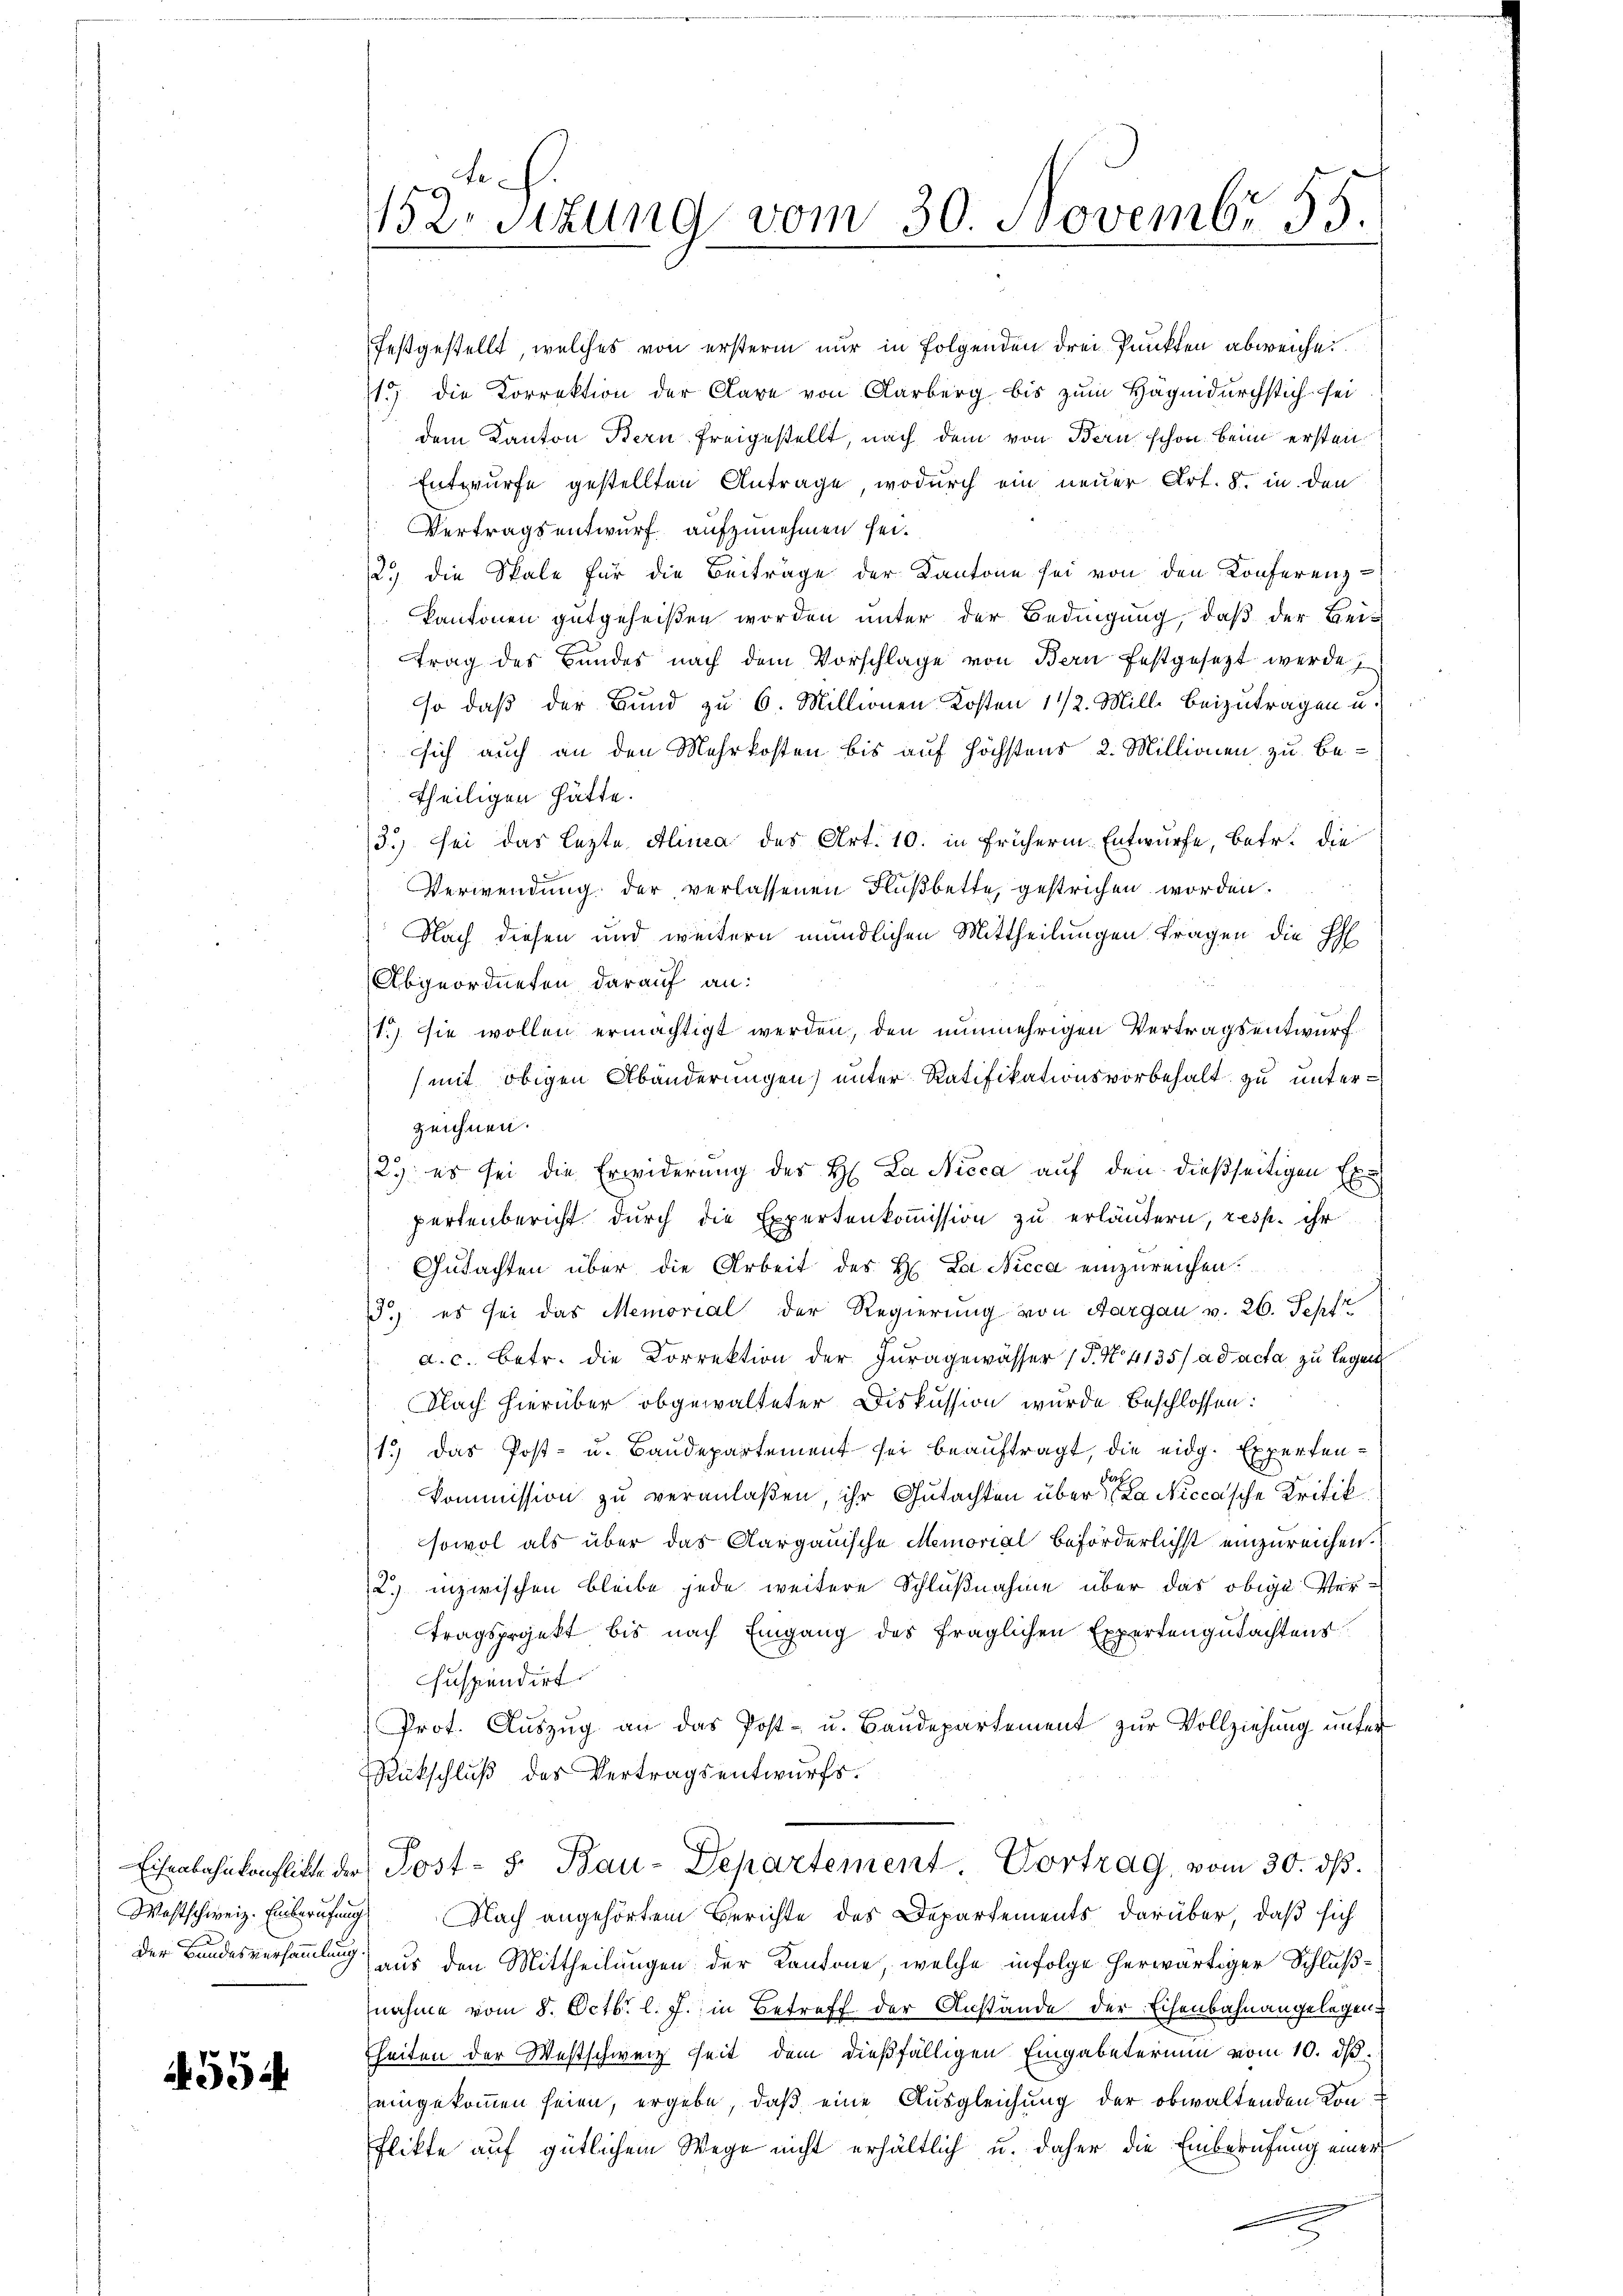
Westschweiz. Einberufung

4554

festgestellt, welches von erstern nur in Folgenden drei Punkten abweiche
11. die Korrektion der Aare von Farberg bis zum Häge durchstich sei
dem Kanton Bern freigestellt, nach dem von Bern schon beim ersten
Entwurfe gestellten Antrage, wodurch ein neuer Art. 8. in den
Vertragsentwurf aufzunehmen sei.
2.) die Spale für die Beiträge der Kantone sei von den Konferenz
kantonen gutgeheißen worden unter der Bedingung, daß der Beitrag des Bundes nach dem Vorschlage von Bern festgesetzt werde
so daß der Bund zu 6. Millionen Kosten 11/2. Mill. Beizutragen u.
sich auch an den Mehrkosten bis auf höchstens 2. Millionen zu be-
theiligen hätte.
3.) Sei das lezte Alinea des Art. 10. in frühern Entwurfe, betr. die
Verwendung der verlassenen Flußbette, gestrichen worden.
Nach diesen und weitern mündlichen Mittheilungen tragen die HH
Abgeordneten darauf an:
1.) Sie wollen ermächtigt werden, den nunmehrigen Vertragsentwurf
(mit obigen Abänderungen, unter Ratifikationsvorbehalt zu unterzeichnen.
2. es sei die Erwiderung des H. La Nicca auf den dießseitigen Expartenbericht durch die Expertenkommission zu erläutern, resp. ihr
Gutachten über die Arbeit des H. La Nicca einzureichen.
.) es sei das Memorial der Regierung von Aargau v. 26. Sept
a. c. Betr. die Korrektion der Juragewässer (T. No. 4135/ ad acta zu legent
Nach hierüber obgewalteter Diskussion wurde Beschlossen:
1.) Das Post- u. Baudepartement sei beauftragt, die eidg. Experten¬
Kommission zu veranlaßen, ihr Gutachten über   a Niccasche Kritik
sowol als über das Aargauische Memorial beförderlichst einzureichen.
2) inzwischen bleibe jede weitere Schlußnahme über das obige Vertragsprojekt bis nach Eingang des fraglichen Expertengutachtens
suspendirt.
Prot. Auszug an das Post- u. Baudepartement zur Vollziehung unter
Rückschluß des Vertragsentwurfs.
Eisenbahnkonflikt der Post- 5. Bau-Departement. Vortrag, vom 30. dβ.
Nach angehörtem Berichte des Departements darüber, daß sich
der Bandesversammlung aus den Mittheilungen der Kantone, welche infolge herwärtiger Schlußnahme vom 8. Octbr. l. J. in Betreff der Anstände der Eisenbahnangelegenheiten der Westschweiz heit dem dießfälligen Eingabeterium vom 10. ds.
eingekommen seien, ergebe, daß eine Ausgleichung der obwaltenden Konflikte auf gütlichem Wege nicht erhältlich u. daher die Einberufung einer

152. Sitzung vom 30. Novembr 55.
t